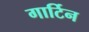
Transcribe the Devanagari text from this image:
गार्टिन